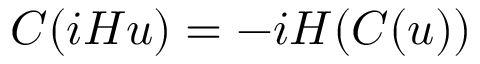
C ( i H u ) = - i H ( C ( u ) )